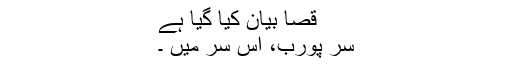
قصا بیان کیا گیا ہے
سر پورب، اس سر میں ۔